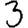
Digit: 3